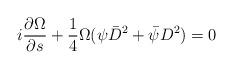
LaTeX: \begin{align*}i\frac{\partial\Omega}{\partial{s}} + \frac{1}{4} \Omega(\psi\bar{D}^2 + \bar{\psi}D^2) = 0\end{align*}